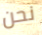
نحن